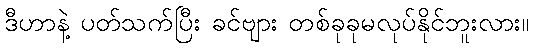
ဒီဟာနဲ့ ပတ်သက်ပြီး ခင်ဗျား တစ်ခုခုမလုပ်နိုင်ဘူးလား။